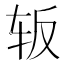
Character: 𰹺